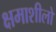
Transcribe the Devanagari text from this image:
क्षमाशीलों